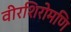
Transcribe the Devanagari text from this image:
वीरशिरोमणि